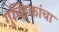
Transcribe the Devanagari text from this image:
गुच्छिकांचा